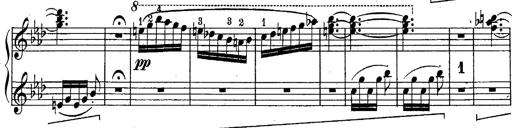
Title: Schubert's Impromptus [revised and edited by Franz Liszt]
Composer: Franz Liszt